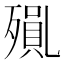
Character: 𭮝